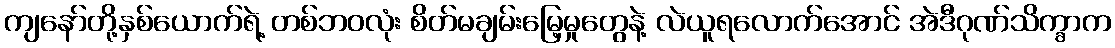
ကျနော်တို့နှစ်ယောက်ရဲ့ တစ်ဘဝလုံး စိတ်မချမ်းမြေ့မှုတွေနဲ့ လဲယူရလောက်အောင် အဲဒီဂုဏ်သိက္ခာက